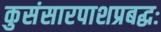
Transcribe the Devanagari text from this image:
कुसंसारपाशप्रबद्धः